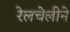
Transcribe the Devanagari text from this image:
रेलचेलीने